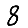
Digit: 8